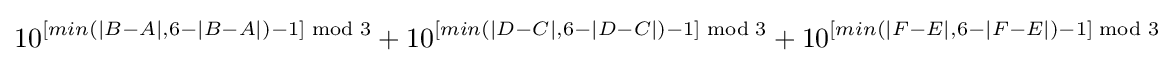
10^{[min(\left\vert B-A\right\vert ,6-\left\vert B-A\right\vert )-1]{\bmod {3}}}+10^{[min(\left\vert D-C\right\vert ,6-\left\vert D-C\right\vert )-1]{\bmod {3}}}+10^{[min(\left\vert F-E\right\vert ,6-\left\vert F-E\right\vert )-1]{\bmod {3}}}